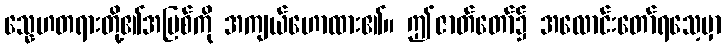
သ္နေဟတရားတို့၏အပြစ်ကို အကျယ်ဟောထား၏။ ဤဇာတ်တော်၌ အလောင်းတော်ရသေ့မှာ